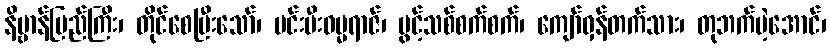
နိဗ္ဗာန်ပြည်ကြီး၊ တိုင်စေပြီးသော်၊ မင်းမီးဓမ္မရာဇ်၊ ပွင့်သစ်စက်စက်၊ ကျော်ဝှန်တက်သား၊ တုဘက်မဲ့အောင်၊